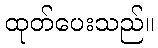
ထုတ်ပေးသည်။